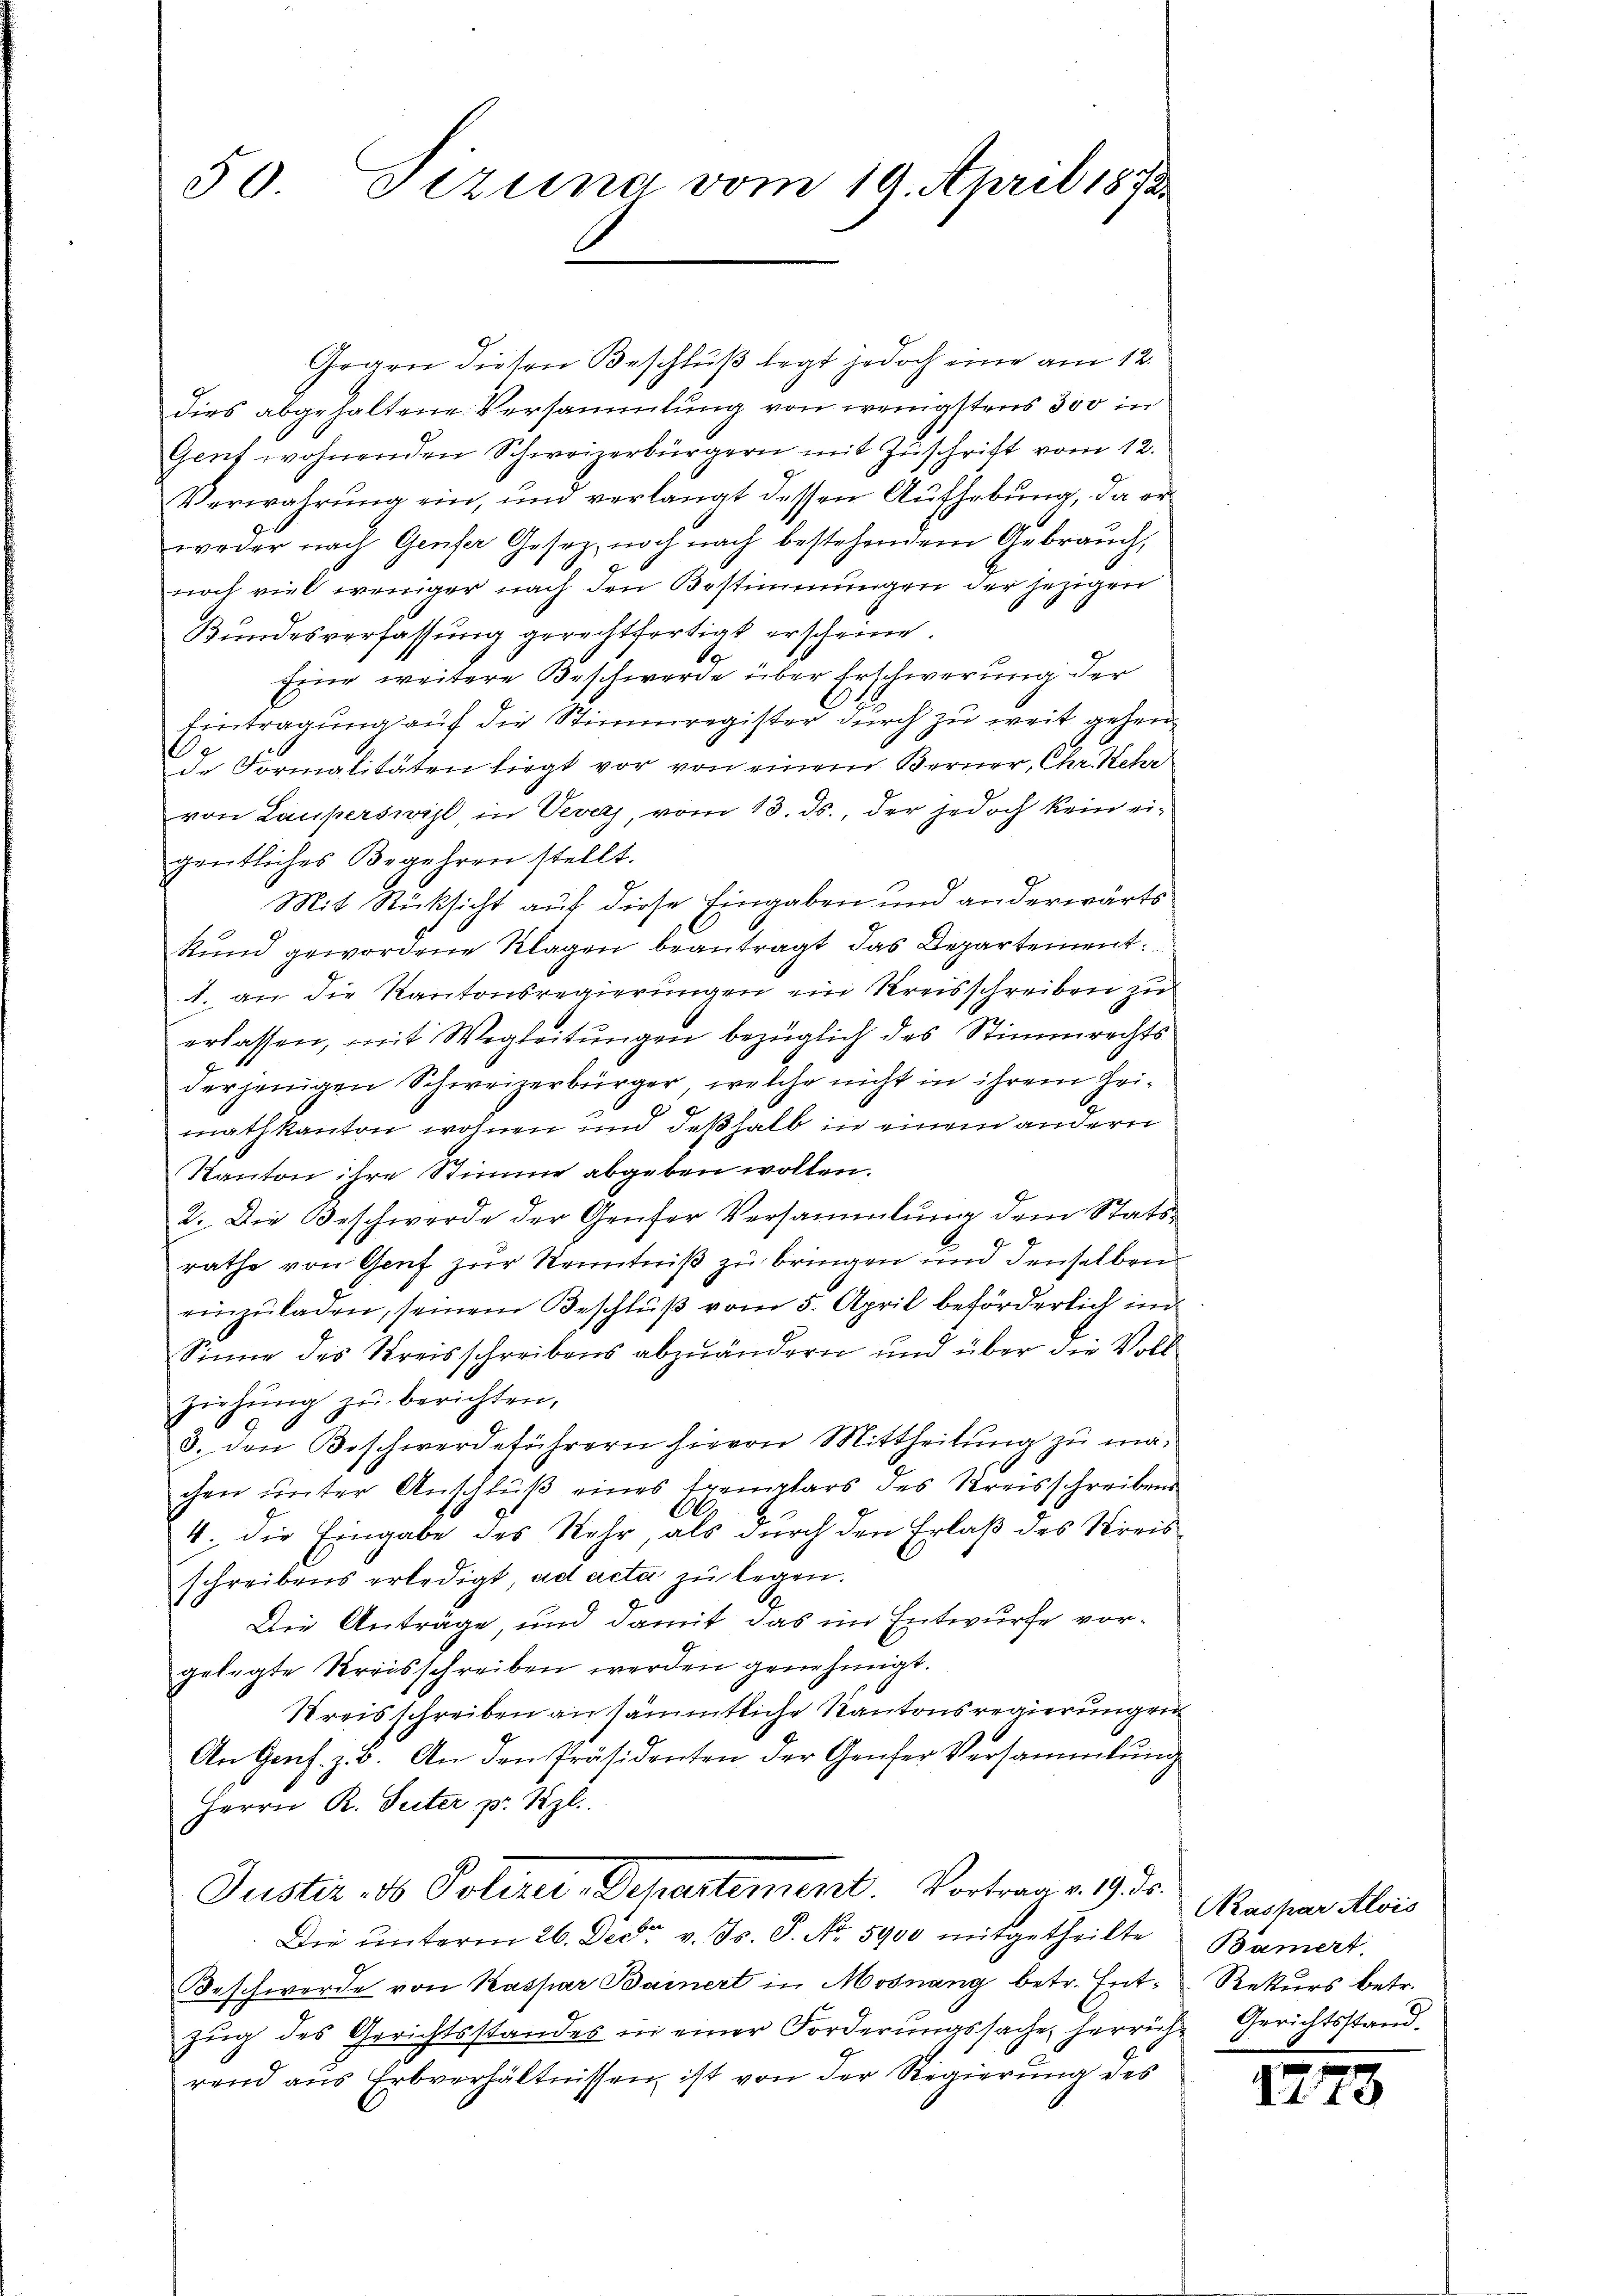
50.
Tizuna vom 19. April 1872.

Gegen diesen Beschluß legt jedoch eine am 12.
dies abgehaltene Versammlung von wenigstens 300 in
Genf wohnenden Schweizerbürgern mit Zuschrift vom 12.
Verwahrung ein, und verlangt dessen Aufhebung, da er
weder nach Genfer Gesetz, noch nach bestehendem Gebrauch,
noch viel weniger nach den Bestimmungen der jezigen
Bundesverfassung gerechtfertigt erscheine.
Eine weitere Beschwerde über Erschwerung der
Eintragung auf die Stimmregister durch zu weit gehende Formalitäten liegt vor von einem Berner, Chr. Kehr
von Lauperswil, in Vevels, vom 13. ds., der jedoch kein eigentliches Begehren stellt.
Mit Rücksicht auf diese Eingaben und anderwärts
Rund gewordene Klagen beantragt, das Departement
1. an die Kantonsregierungen ein Kreisschreiben zu
erlassen, mit Wegleitungen bezüglich des Stimmrechts
derjenigen Schweizerbürger, welche nicht in ihrem Zeimathkanton wohnen und deßhalb in einem andern
Kanton ihre Stimme abgeben wollen.
2. Die Beschwerde der Genfer Versammlung dem Statsrathe von Genf zur Kenntniß zu bringen und denselben
einzŭladen, seinem Beschlŭβ vom 5. April beförderlich im
Sinne des Kreisschreibens abzuändern und über die Vollziehŭng zŭ berichten,
3. den Beschwerdeführern hievon Mittheilung zu machen ŭnter Anschlŭβ eines Exemplars des Kreisschreibens
4. die Eingabe des Rehr, als durch den Erlaß des Kreisschreibens erledigt, ad acta zu legen.
Die Anträge, und damit das im Entwurfe vorgelegte Kreisschreiben werden genehmigt.
Kreisschreiben an sämmtliche Kantonsregierungen
An Genf. z. B. An den Präsidenten der Genfer Versammlung
Herrn R. Suter pr Rzl.
Puster. 10 Polizei-Departement. Vortrag v. 19. ds.
Die ŭnterm 26. Decbr. v. Js. 8. No. 5900 mitgetheilte
Beschwerde von Kaspar Bainert in Mosnang betr. Entzŭg des Gerichtsstandes in einer Forderungssache, herriche Gerichtsstand
rend aus Erbverhältnissen, ist von der Regierung des

Kaspar Alois
Bämert.
Rekurs betr.

127

3